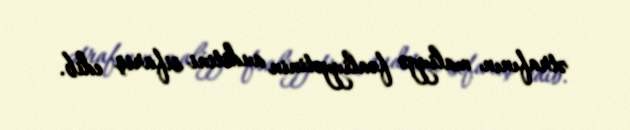
ətrafının maliyyə fəaliyyətinin auditini sifariş edib.